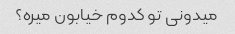
میدونی تو کدوم خیابون میره؟